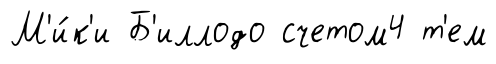
М'и́к'и Б'иллодо счетом4 т'ем